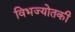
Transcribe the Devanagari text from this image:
विभज्योतकी